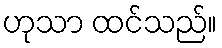
ဟုသာ ထင်သည်။